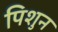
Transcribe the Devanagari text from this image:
पिशुन